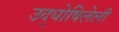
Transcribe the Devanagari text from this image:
उद्‌घोषिलेली